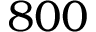
8 0 0